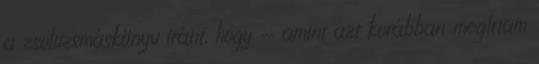
a zsolozsmáskönyv iránt, hogy - amint azt korábban megírtam